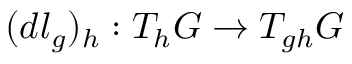
( d l _ { g } ) _ { h } : T _ { h } G \to T _ { g h } G